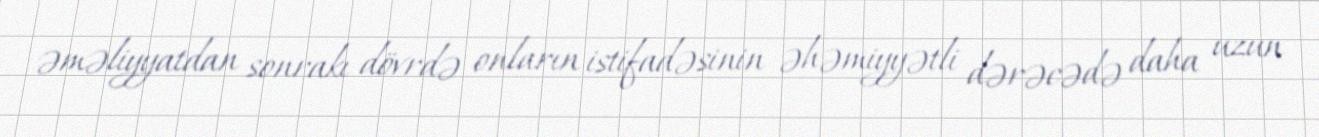
əməliyyatdan sonrakı dövrdə onların istifadəsinin əhəmiyyətli dərəcədə daha uzun